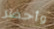
وأحضر